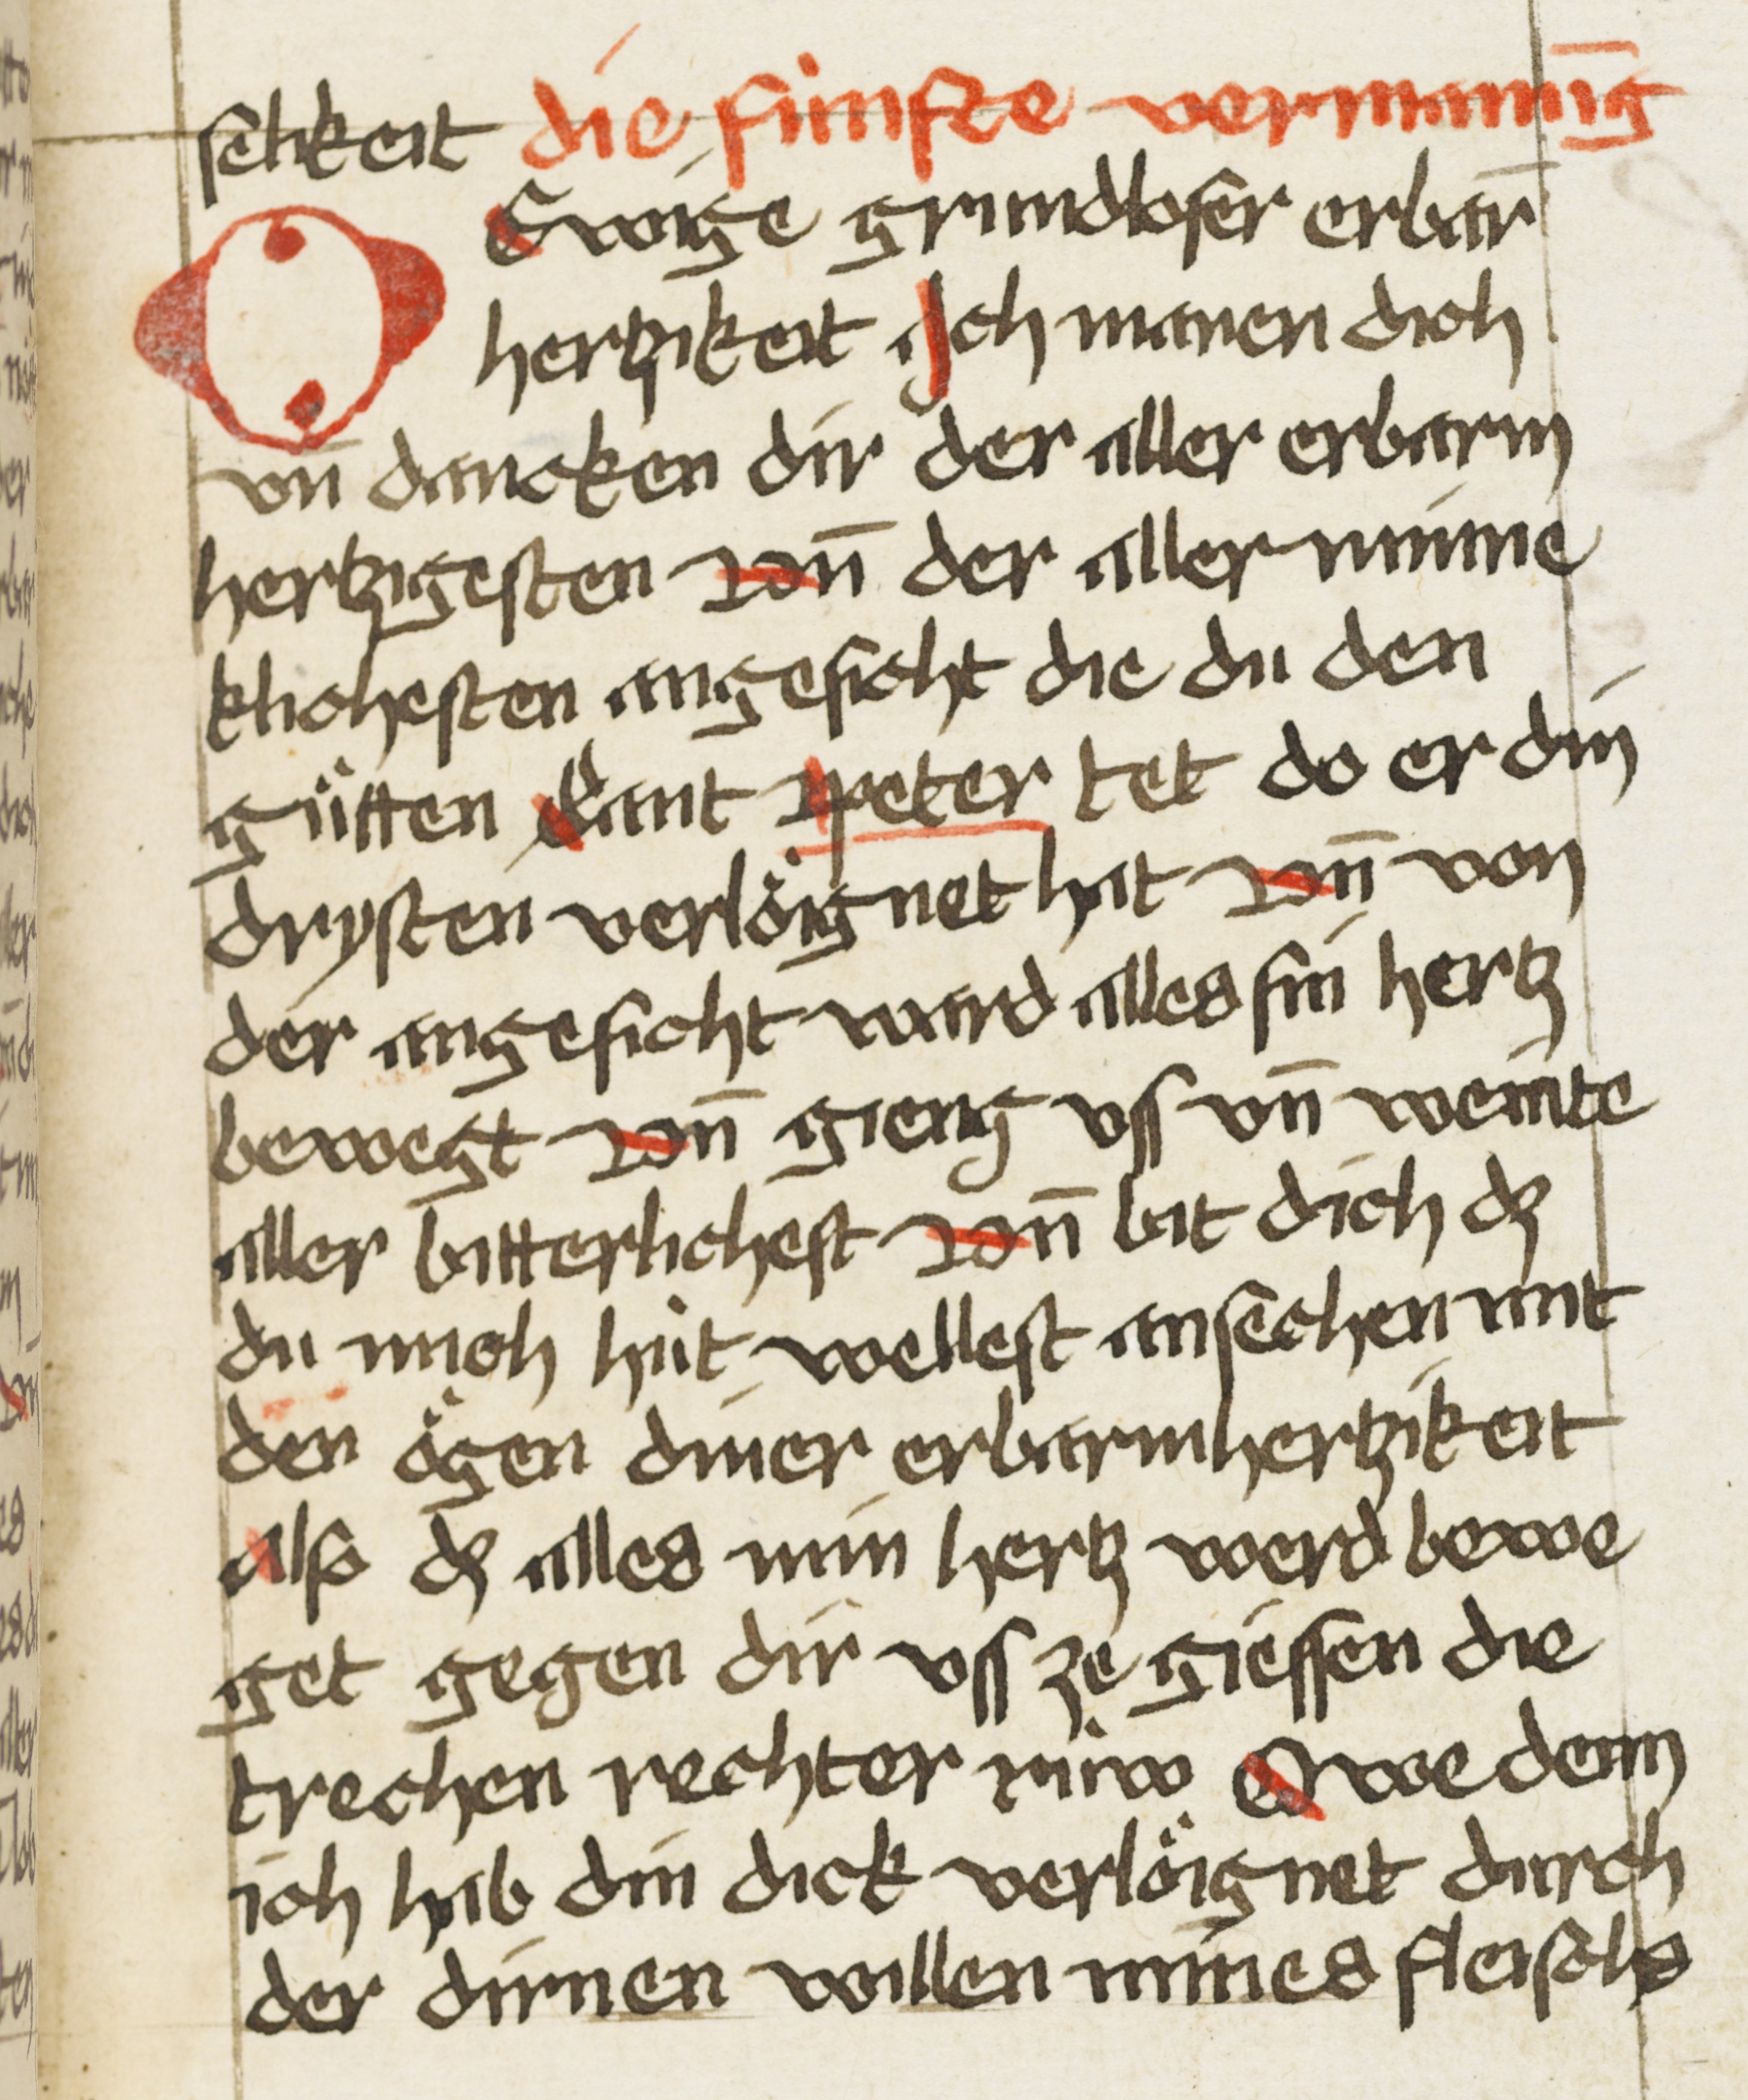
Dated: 1507–1507